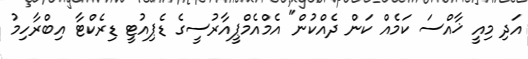
އަދި މިއީ ޚާއްސަ ކަމެއް ކަން ދެއްކުން" އެމްއެމްޕީއާރުސީގެ ޑެޕިއުޓީ ޑިރެކްޓާ އިބްރާހިމު